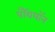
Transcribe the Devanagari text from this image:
पँथियॉन